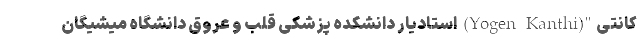
کانتی"(Yogen Kanthi) استادیار دانشکده پزشکی قلب و عروق دانشگاه میشیگان